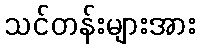
သင်တန်းများအား